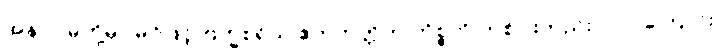
အနာဂါမ်တို့မှာ မဂ်ဖြင့် ဗြဟ္မစရိယ ဧကဘတ္တိက ကိစ္စတို ကစ်ပါးတည်းပါလာကြောင်း၊